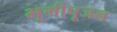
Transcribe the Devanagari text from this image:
भूमीपूजन